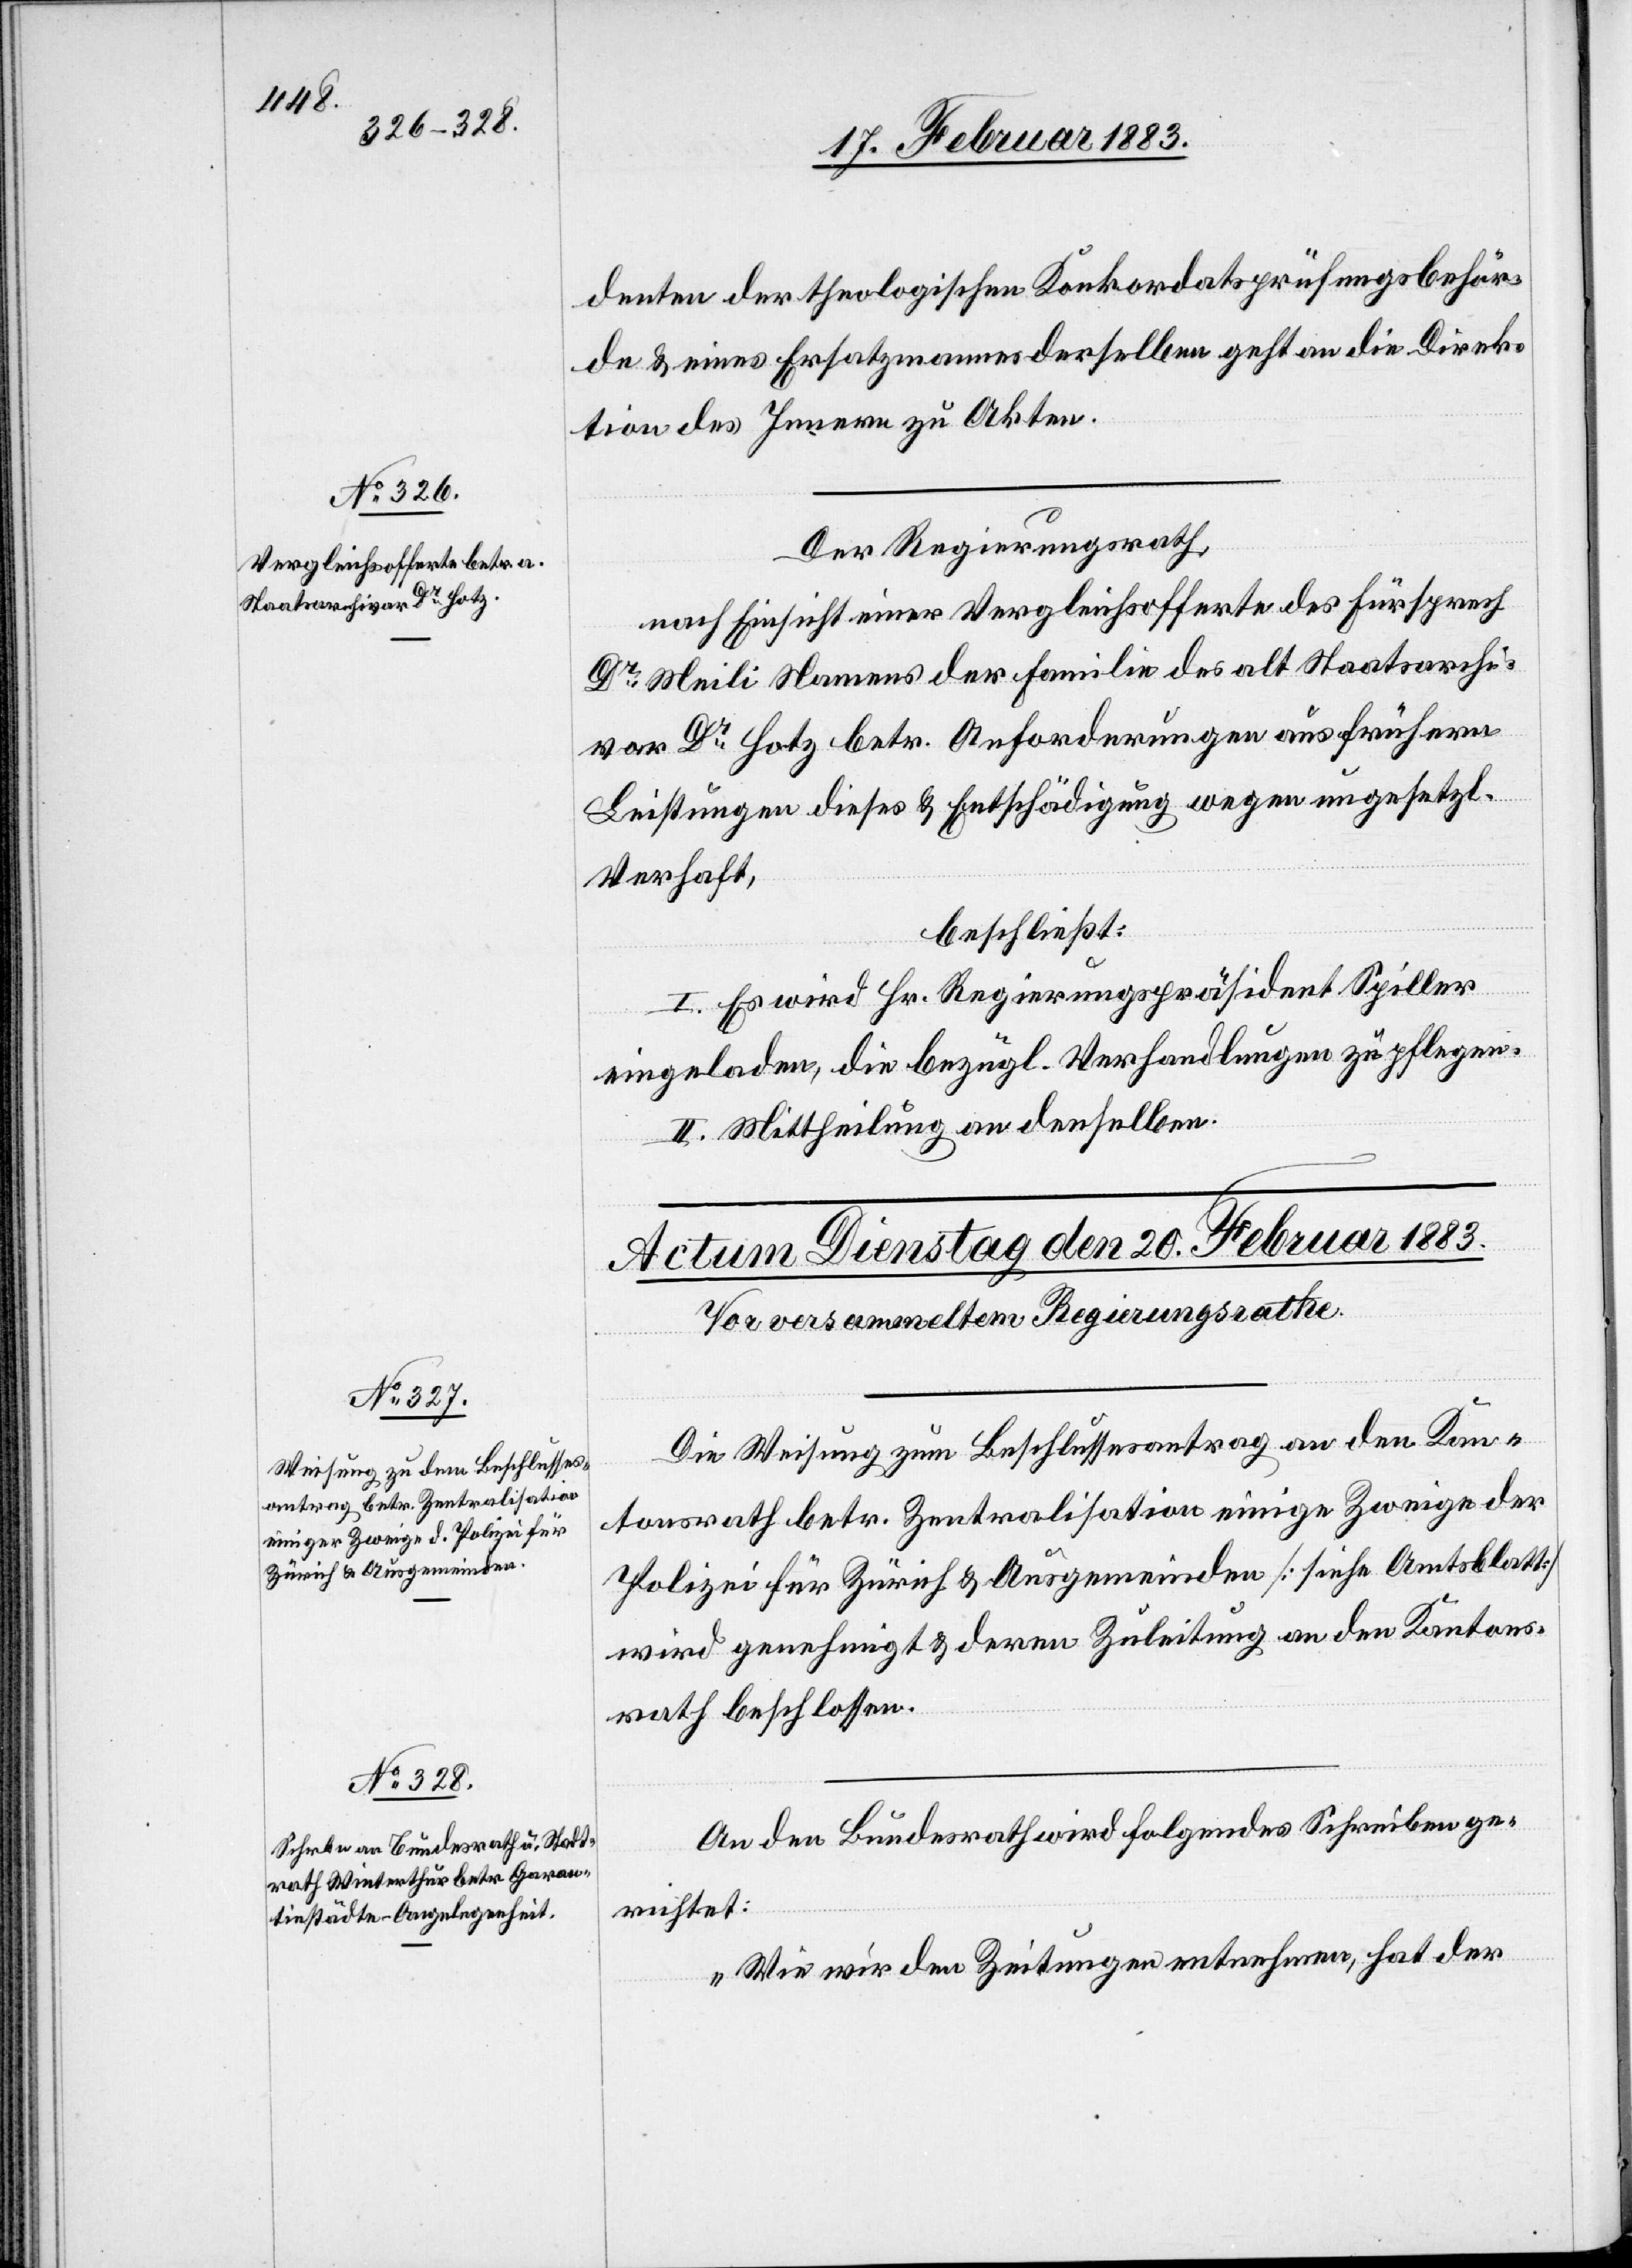
denten der theologischen Konkordatsprüfungsbehör¬
de & eines Ersatzmannes derselben geht an die Direk¬
tion des Innern zu Akten.
Der Regierungsrath,
nach Einsicht einer Vergleichsofferte des Fürsprech
Dr Meili Namens der Familie des alt Staatsarchi¬
var Dr Hotz betr. Anforderungen aus frühern
Leistungen dieses [sic!] & Entschädigung wegen ungesetzl.
Verhalt,
beschließt:
I. Es wird Hr. Regierungspräsident Spiller
eingeladen, die bezügl. Verhandlungen zu pflegen.
II. Mittheilung an denselben.
Die Weisung zum Beschlussesantrag an den Kan¬
tonsrath betr. Zentralisation einiger Zweige der
Polizei für Zürich & Ausgemeinden [siehe Amtsblatt]
wird genehmigt & deren Zuleitung an den Kantons¬
rath beschlossen.
An den Bundesrath wird folgendes Schreiben ge¬
richtet:
„Wie wir den Zeitungen entnehmen, hat der